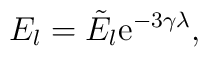
E_l   = \tilde{E}_l\mathrm{e}^{-3\gamma\lambda},